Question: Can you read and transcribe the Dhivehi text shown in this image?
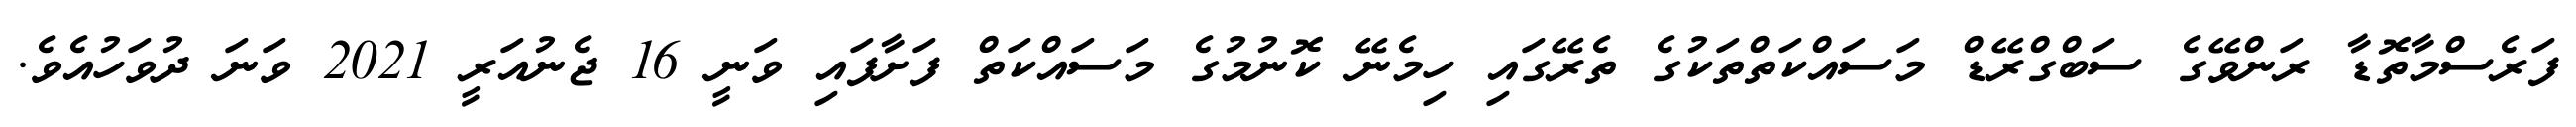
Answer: ފަރެސްމާތޮޑާ ރަންވޭގެ ސަބްގްރޭޑް މަސައްކަތްތަކުގެ ތެރޭގައި ހިމެނޭ ކޮނުމުގެ މަސައްކަތް ފަށާފައި ވަނީ 16 ޖެނުއަރީ 2021 ވަނަ ދުވަހުއެވެ.